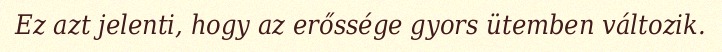
Ez azt jelenti, hogy az erőssége gyors ütemben változik.